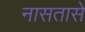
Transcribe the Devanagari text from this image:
नासतासे